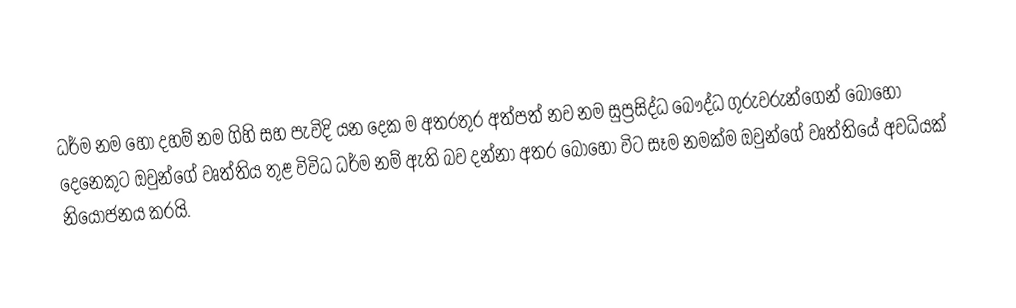
ධර්ම නම හෝ දහම් නම ගිහි සහ පැවිදි යන දෙක ම අතරතුර අත්පත් නව නම සුප්‍රසිද්ධ බෞද්ධ ගුරුවරුන්ගෙන් බොහෝ දෙනෙකුට ඔවුන්ගේ වෘත්තිය තුළ විවිධ ධර්ම නම් ඇති බව දන්නා අතර බොහෝ විට සෑම නමක්ම ඔවුන්ගේ වෘත්තියේ අවධියක් නියෝජනය කරයි.